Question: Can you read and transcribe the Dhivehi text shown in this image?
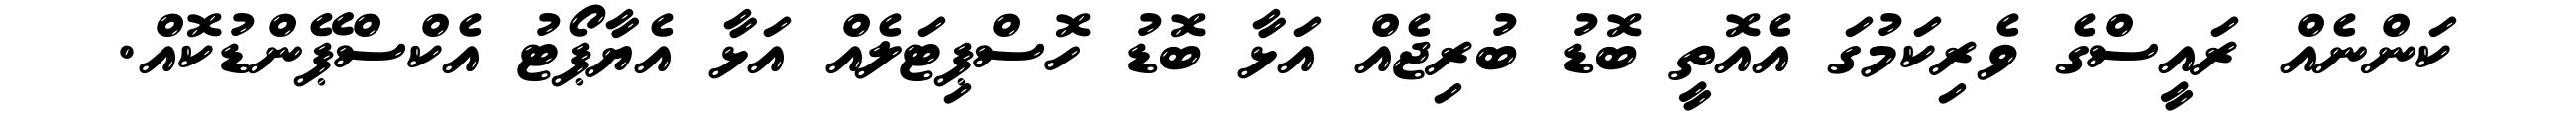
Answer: ކަންނެއް ރައީސްގެ ވެރިކަމުގަ އެއޮތީ ބޮޑު ބުރިޖެއް އަޅާ ބޮޑު ހޮސްޕިޓަލެއް އަޅާ އެޔާޕޯޓު އެކްސްޕޭންޑުކޮއް.